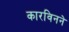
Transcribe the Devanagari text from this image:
कारविनने